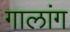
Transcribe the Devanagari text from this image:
गालांग